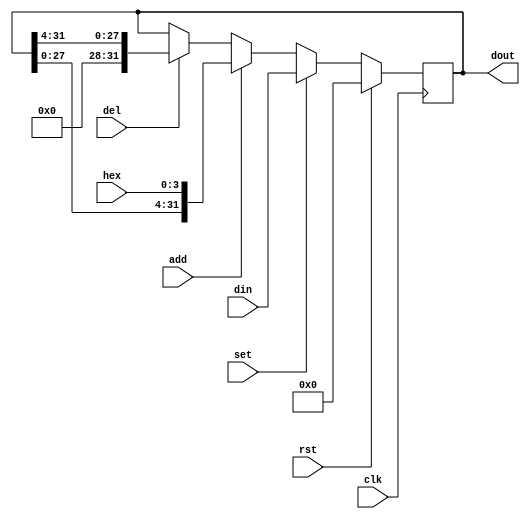
`timescale 1ns / 1ps

module Shift_reg(
    input rst,
    input clk,          // Work at 100MHz clock

    input [31:0] din,   // Data input  
    input [3:0] hex,    // Hexadecimal code for the switches
    input add,          // Add signal
    input del,          // Delete signal
    input set,          // Set signal
    
    output reg [31:0] dout  // Data output
);

    // TODO
    always @ (posedge clk) begin
        if (rst) 
        begin
            dout <= 32'b0;
        end
        else if (set) 
        begin
            dout <= din;
        end
        else if (add)
        begin
            dout <= {dout[27:0], hex[3:0]};
        end
        else if (del) 
        begin
            dout <= {4'b0, dout[31:4]};
        end
    end
endmodule